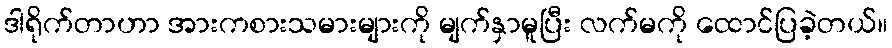
ဒါရိုက်တာဟာ အားကစားသမားများကို မျက်နှာမူပြီး လက်မကို ထောင်ပြခဲ့တယ်။